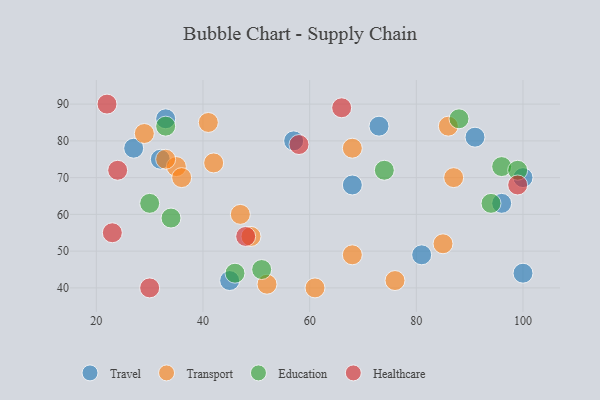
{"axis": {"x": "GDP", "y": "Life Expectancy"}, "legend": ["Education", "Healthcare", "Transport", "Travel"], "data": [{"x": "33", "y": 86, "type": "Travel"}, {"x": "32", "y": 75, "type": "Travel"}, {"x": "57", "y": 80, "type": "Travel"}, {"x": "73", "y": 84, "type": "Travel"}, {"x": "100", "y": 70, "type": "Travel"}, {"x": "96", "y": 63, "type": "Travel"}, {"x": "100", "y": 44, "type": "Travel"}, {"x": "45", "y": 42, "type": "Travel"}, {"x": "27", "y": 78, "type": "Travel"}, {"x": "91", "y": 81, "type": "Travel"}, {"x": "68", "y": 68, "type": "Travel"}, {"x": "81", "y": 49, "type": "Travel"}, {"x": "87", "y": 70, "type": "Transport"}, {"x": "61", "y": 40, "type": "Transport"}, {"x": "68", "y": 49, "type": "Transport"}, {"x": "41", "y": 85, "type": "Transport"}, {"x": "49", "y": 54, "type": "Transport"}, {"x": "52", "y": 41, "type": "Transport"}, {"x": "85", "y": 52, "type": "Transport"}, {"x": "35", "y": 73, "type": "Transport"}, {"x": "76", "y": 42, "type": "Transport"}, {"x": "29", "y": 82, "type": "Transport"}, {"x": "47", "y": 60, "type": "Transport"}, {"x": "68", "y": 78, "type": "Transport"}, {"x": "86", "y": 84, "type": "Transport"}, {"x": "42", "y": 74, "type": "Transport"}, {"x": "36", "y": 70, "type": "Transport"}, {"x": "33", "y": 75, "type": "Transport"}, {"x": "94", "y": 63, "type": "Education"}, {"x": "34", "y": 59, "type": "Education"}, {"x": "46", "y": 44, "type": "Education"}, {"x": "96", "y": 73, "type": "Education"}, {"x": "99", "y": 72, "type": "Education"}, {"x": "51", "y": 45, "type": "Education"}, {"x": "30", "y": 63, "type": "Education"}, {"x": "33", "y": 84, "type": "Education"}, {"x": "88", "y": 86, "type": "Education"}, {"x": "74", "y": 72, "type": "Education"}, {"x": "23", "y": 55, "type": "Healthcare"}, {"x": "58", "y": 79, "type": "Healthcare"}, {"x": "30", "y": 40, "type": "Healthcare"}, {"x": "24", "y": 72, "type": "Healthcare"}, {"x": "22", "y": 90, "type": "Healthcare"}, {"x": "66", "y": 89, "type": "Healthcare"}, {"x": "48", "y": 54, "type": "Healthcare"}, {"x": "99", "y": 68, "type": "Healthcare"}]}